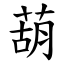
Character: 葫